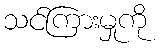
သင်ကြားမှုကို